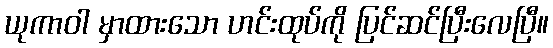
ယုကာဝါ မှာထားသော ဟင်းထုပ်ကို ပြင်ဆင်ပြီးလေပြီ။